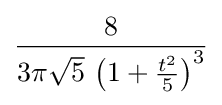
{\frac {8}{3\pi {\sqrt {5}}\,\left(1+{\frac {t^{2}}{5}}\right)^{3}}}